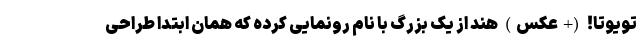
تویوتا! (+عکس) هند از یک بزرگ با نام رونمایی کرده که همان ابتدا طراحی